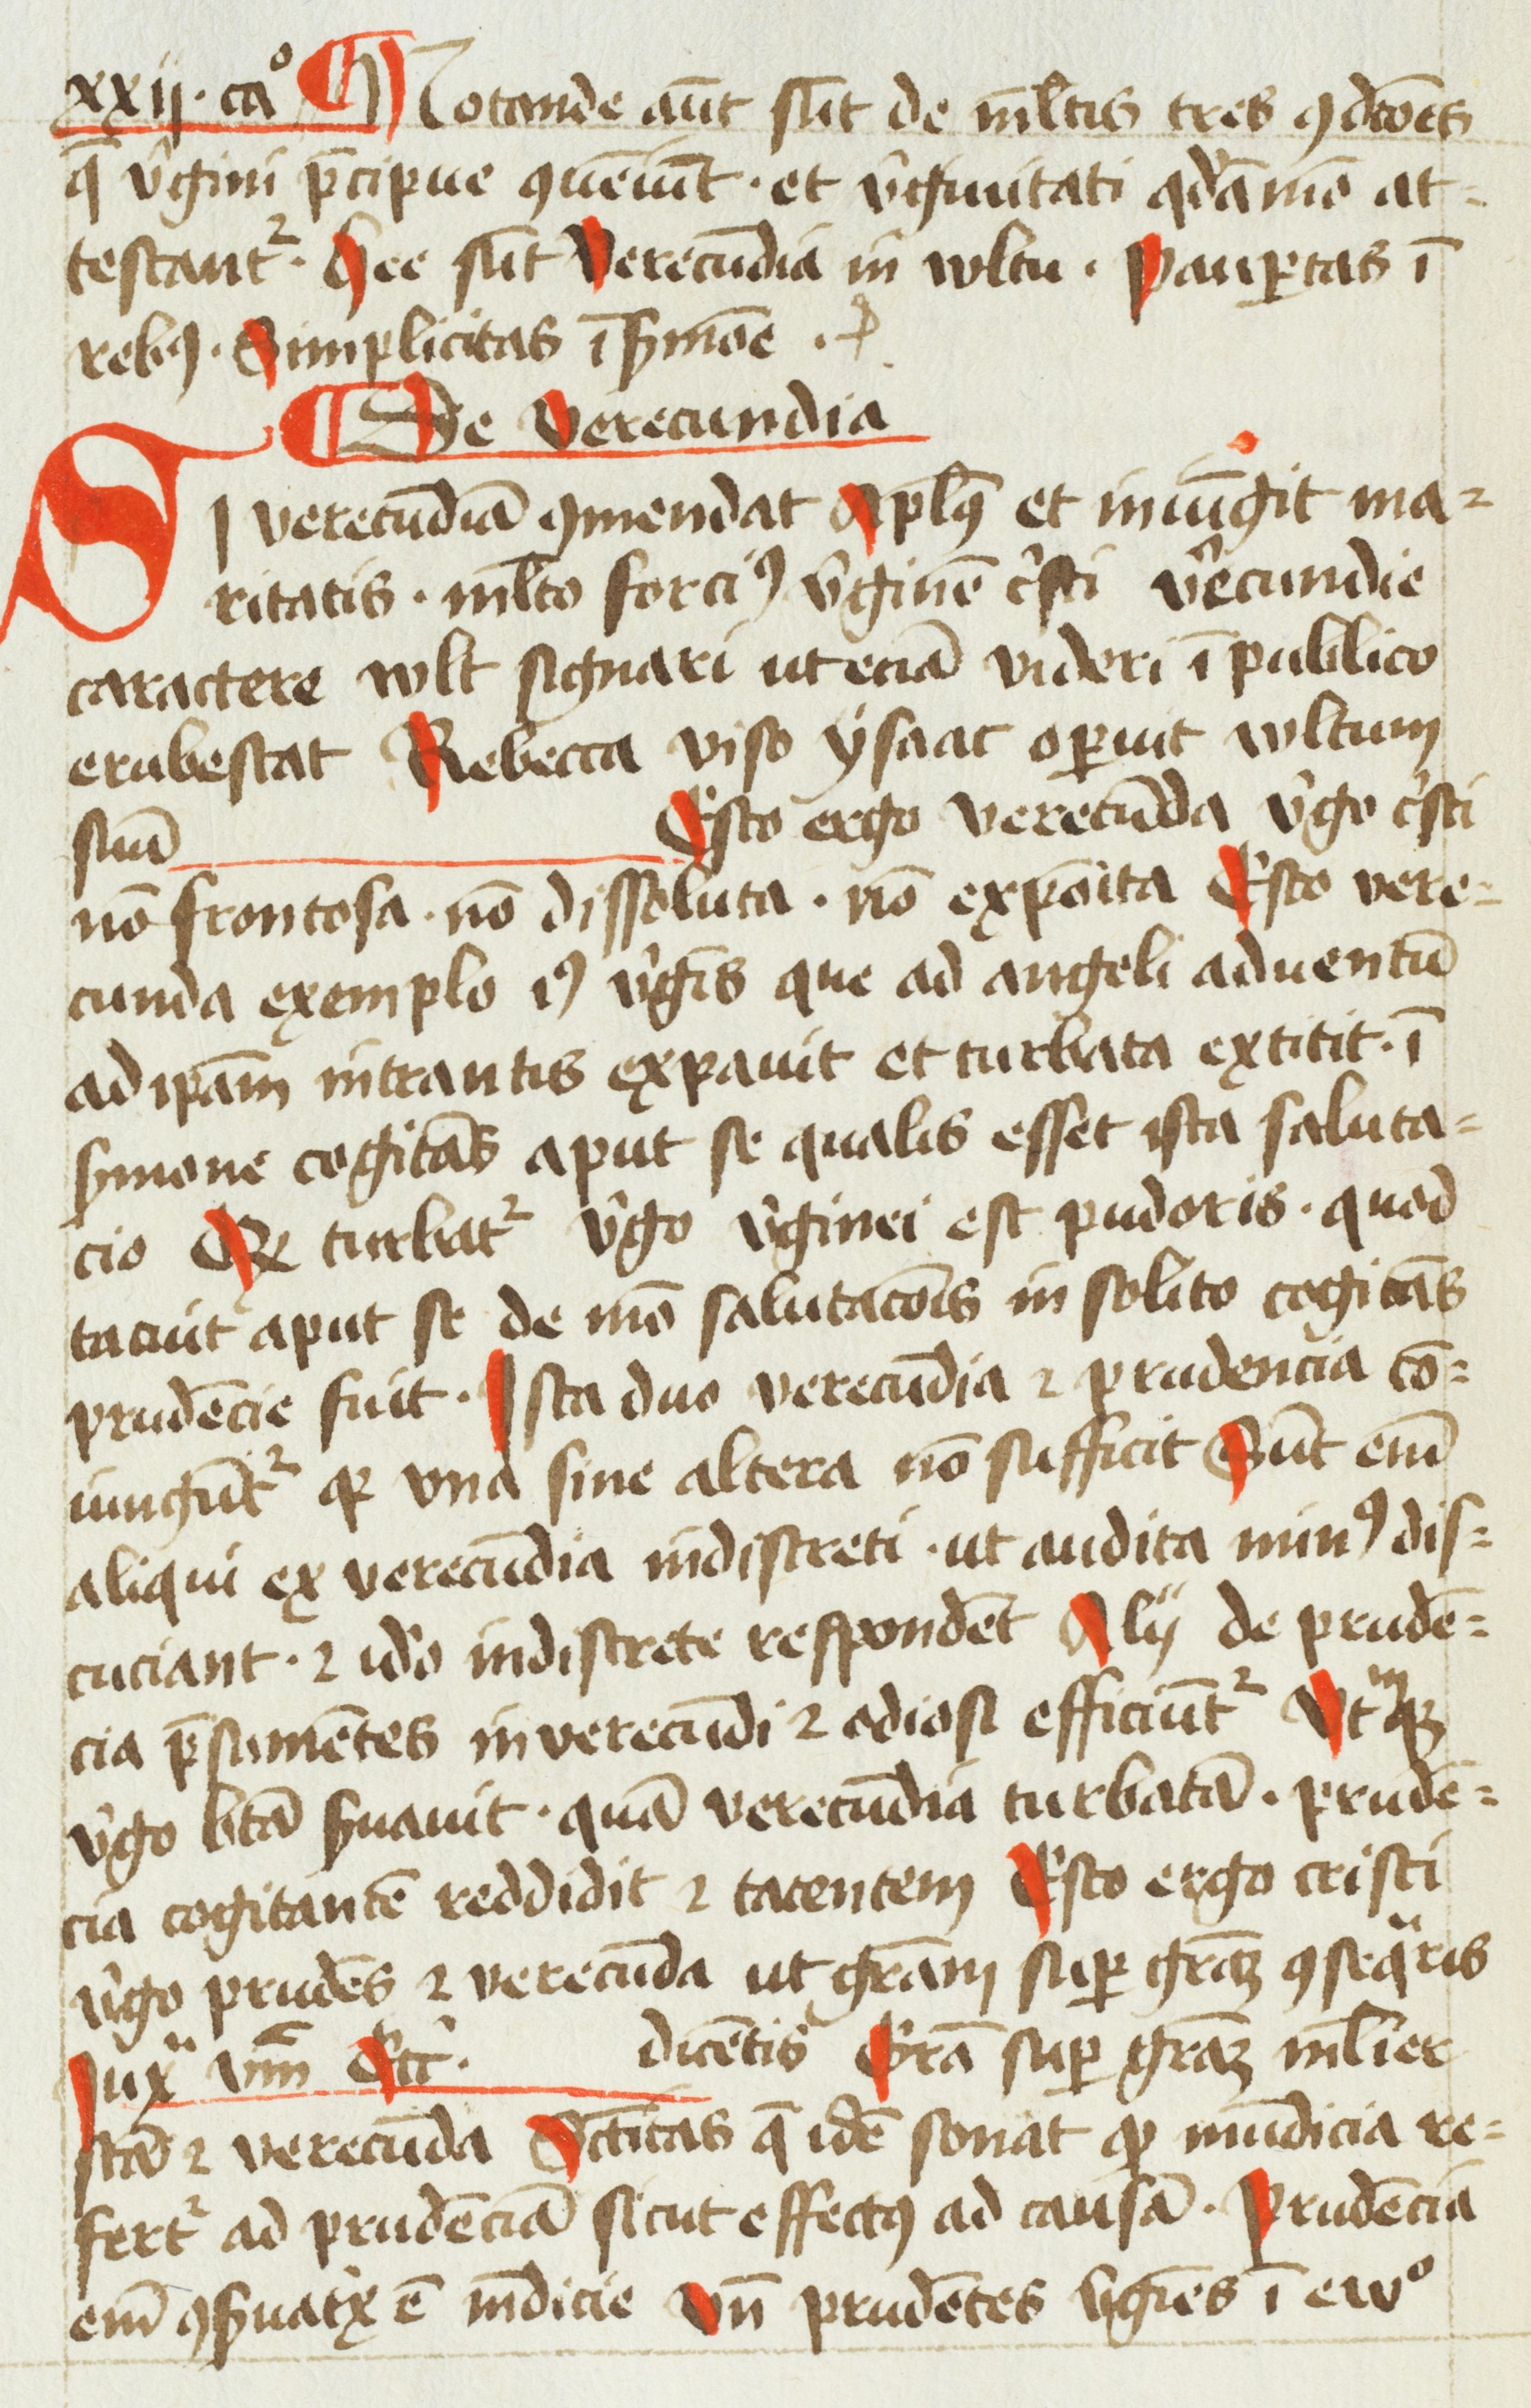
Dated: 1454–1456